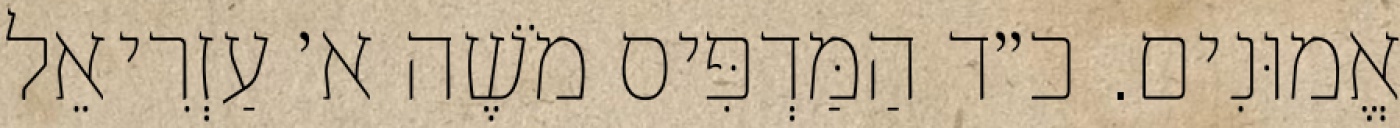
אֱמוּנִים. כ״ד הַמַּדְפִּיס מֹשֶׁה א׳ עַזְרִיאֵל